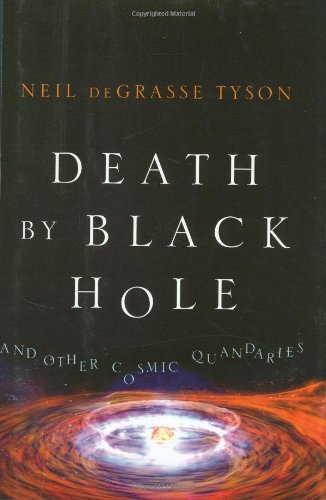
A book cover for Death by Black Hole: And Other Cosmic Quandaries; Neil deGrasse Tyson; Religion & Spirituality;